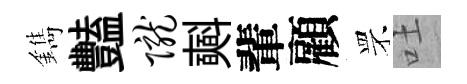
鐫豔陇𣂏輩顧罘吐